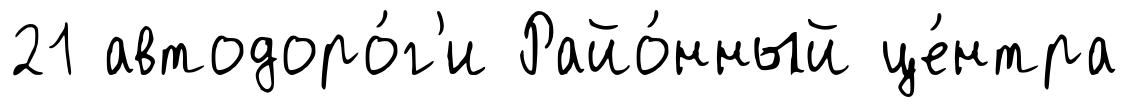
21 автодоро́г'и Райо́нный це́нтра